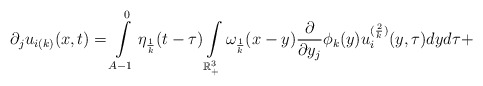
\begin{align*}\partial_{j}u_{i(k)}(x,t)= \int\limits_{A-1}^{0}\eta_{\frac{1}{k}}(t-\tau)\int\limits_{\mathbb{R}^{3}_{+}}\omega_ {\frac{1}{k}}(x-y)\frac{\partial}{\partial y_{j}}\phi_{k}(y)u^{(\frac{2}{k})}_{i}(y,\tau)dyd\tau+\end{align*}